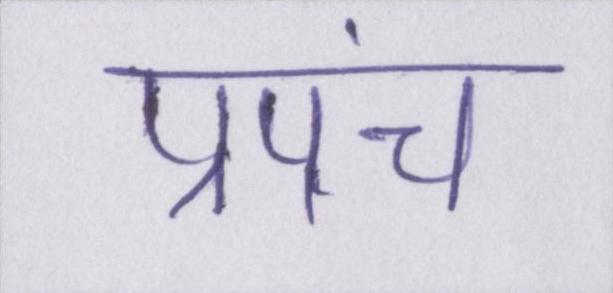
प्रपंच